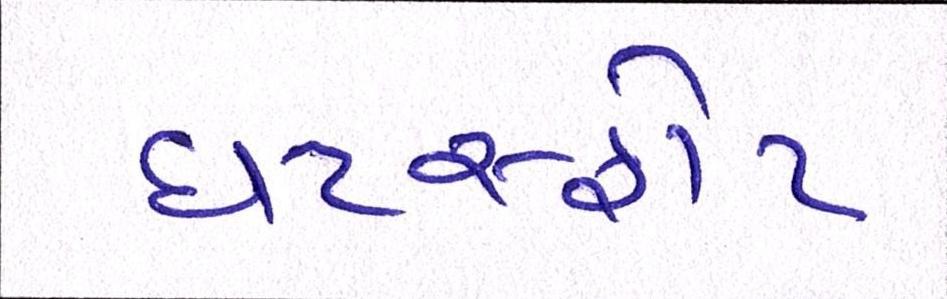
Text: ઘટસ્ફોટ